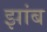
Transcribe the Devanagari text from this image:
झांब